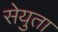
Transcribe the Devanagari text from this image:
सेयुता